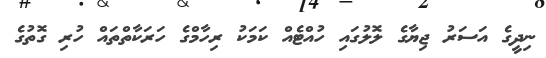
ނިދީގެ އަސަރު ޖިޔާގެ ލޮލުގައި ހުއްޓެއް ކަމަކު ރިހާމްގެ ހަރަކާތްތައް ހުރި ގޮތުގެ